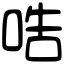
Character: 哠